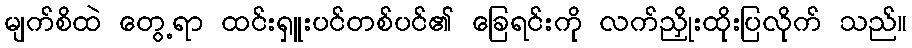
မျက်စိထဲ တွေ့ရာ ထင်းရှူးပင်တစ်ပင်၏ ခြေရင်းကို လက်ညှိုးထိုးပြလိုက် သည်။